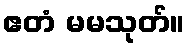
ဧတံ မမသုတ်။